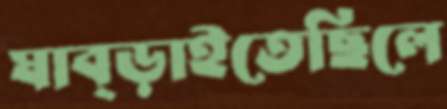
ঘাব্‌ড়াইতেছিলে